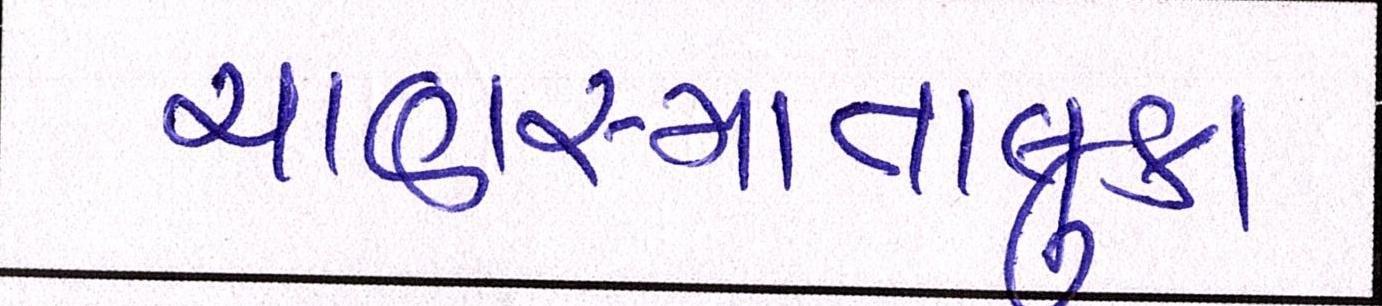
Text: ચાણસ્માતાલુકા